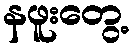
နဖူးတွေ့